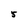
Character: 5